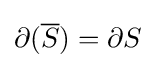
\partial ({\overline {S}})=\partial S